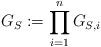
LaTeX: \begin{align*}G_S:=\prod_{i=1}^n G_{S,i}\end{align*}